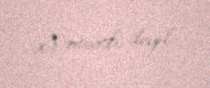
x} mənfi deyil.